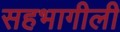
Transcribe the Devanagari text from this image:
सहभागीली